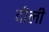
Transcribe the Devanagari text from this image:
दीली